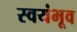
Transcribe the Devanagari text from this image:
स्वयंभूव